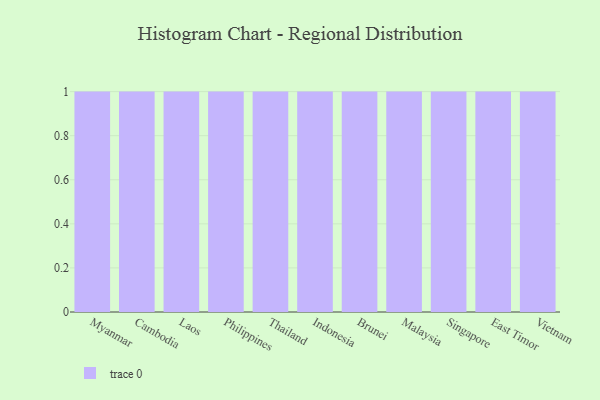
{"axis": {"x": "Country", "y": "LTV (USD)"}, "legend": [""], "data": [{"x": "Myanmar", "y": 29, "type": ""}, {"x": "Cambodia", "y": 10, "type": ""}, {"x": "Laos", "y": 18, "type": ""}, {"x": "Philippines", "y": 89, "type": ""}, {"x": "Thailand", "y": 48, "type": ""}, {"x": "Indonesia", "y": 20, "type": ""}, {"x": "Brunei", "y": 29, "type": ""}, {"x": "Malaysia", "y": 27, "type": ""}, {"x": "Singapore", "y": 15, "type": ""}, {"x": "East Timor", "y": 64, "type": ""}, {"x": "Vietnam", "y": 9, "type": ""}]}